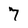
Character: 7